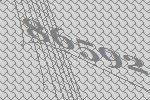
86592